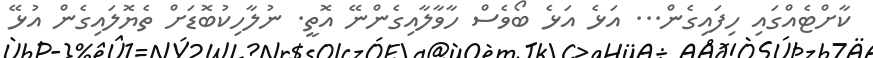
ކާށްޓެއްގައި ހިފައިގެން... އަޅެ އަޅެ ބޯވެސް ހާވާލާއިގެންނޭ އޮތީ. ނުލާހިކުބޮޑަށް ތެޔޮލައިގެން އުޅޭ